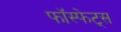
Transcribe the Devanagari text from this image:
फॉस्फेट्स